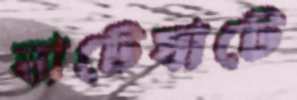
ঘাটেঘাটে